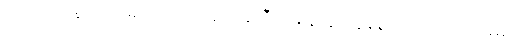
သုတေသနရလဒ်များက ညနေ(၆)နာရီအချိန်တွင် ပွန်စွာ ဘတ်စ်ကားခများ